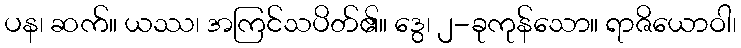
ပန၊ ဆက်။ ယဿ၊ အကြင်သပိတ်၏။ ဒွေ၊ ၂-ခုကုန်သော။ ရာဇိယောဝါ၊